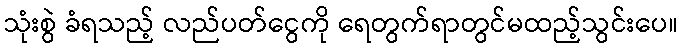
သုံးစွဲ ခံရသည့် လည်ပတ်ငွေကို ရေတွက်ရာတွင်မထည့်သွင်းပေ။